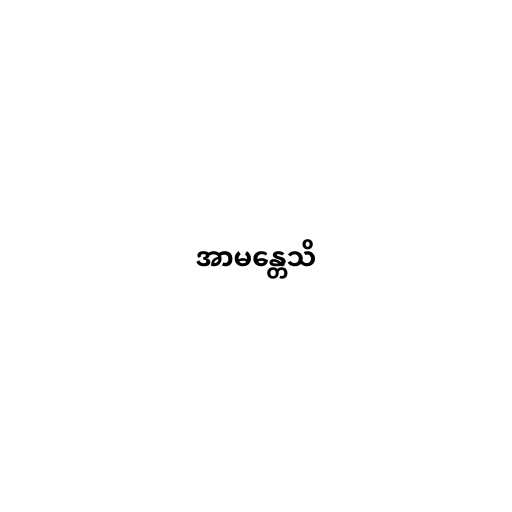
အာမန္တေသိ